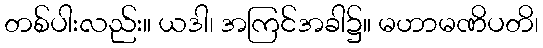
တစ်ပါးလည်း။ ယဒါ၊ အကြင်အခါ၌။ မဟာမဏိပတိ၊